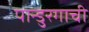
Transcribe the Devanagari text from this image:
पान्डुरगाची